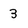
Character: 3